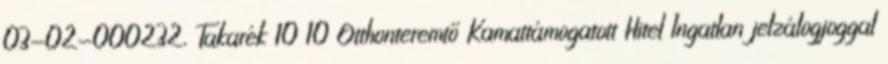
03-02-000232, Takarék 10 10 Otthonteremtő Kamattámogatott Hitel Ingatlan jelzálogjoggal